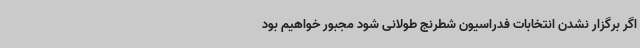
اگر برگزار نشدن انتخابات فدراسیون شطرنج طولانی شود مجبور خواهیم بود